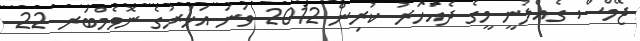
ޖޭމްސް ގެއްލުނީ މީގެ ދެއަހަރު ކުރިން 2012 ވަނަ އަހަރުގެ ނޮވެމްބަރ 22